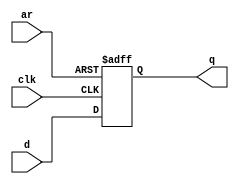
module top_module (
    input clk,
    input d, 
    input ar,   // asynchronous reset
    output q);
    always@(posedge clk or posedge ar)
        begin
        if(ar)
            q<=0;
    	else
            q<=d;
        end
endmodule